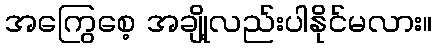
အကြွေစေ့ အချို့လည်းပါနိုင်မလား။